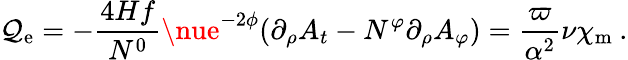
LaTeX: \mathcal{Q}_{\mathrm{{e}}}=-\frac{{4Hf}}{{N^{0}}}\nue^{-2\phi}(\partial_{\rho}A_{t}-N^{\varphi}\partial_{\rho}A_{\varphi})=\frac{{\varpi}}{{\alpha^{2}}}\nu\chi_{\mathrm{{m}}}\: .